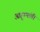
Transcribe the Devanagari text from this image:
आहुत्यांची